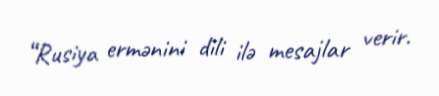
“Rusiya ermənini dili ilə mesajlar verir.